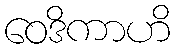
ဝေဒိကာဟိ